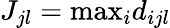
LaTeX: J_{jl}=\textup{max}_{i}d_{ijl}